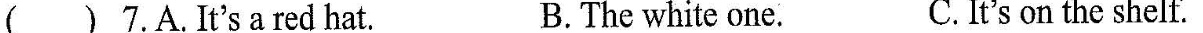
( ) 7.A.It's a red hat. B.The white one. C.It's on the shelf.